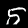
Label: 5